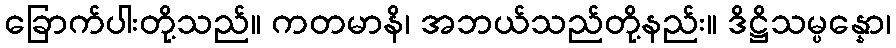
ခြောက်ပါးတို့သည်။ ကတမာနိ၊ အဘယ်သည်တို့နည်း။ ဒိဋ္ဌိသမ္ပန္နော၊